Civil Veterinary Dept. Bombay admin report 1907-1913 - 1907-1913
Year: 1907
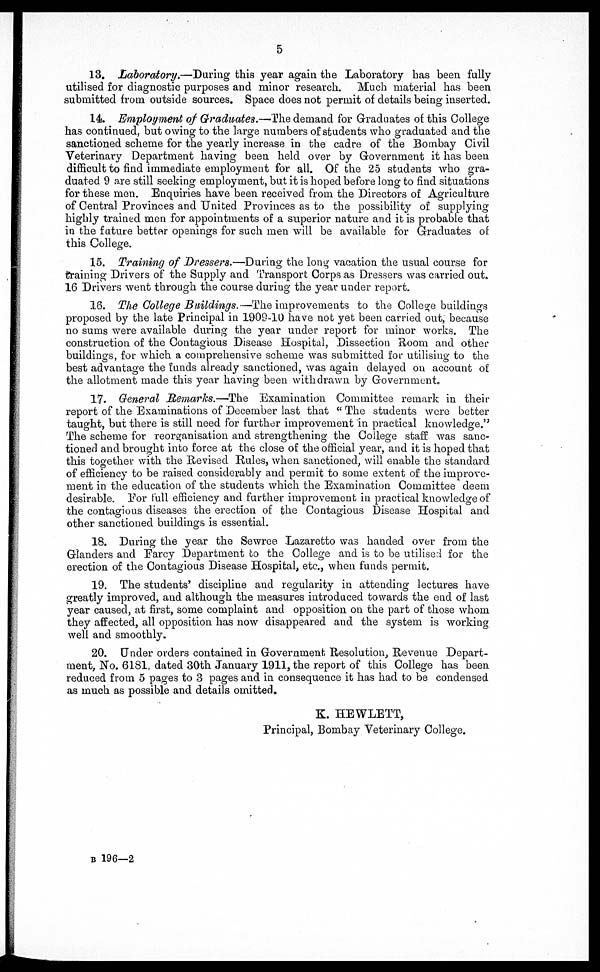
5
13. Laboratory.—During
this year again the Laboratory has been fully
utilised for diagnostic purposes and minor research. Much material has been
submitted from outside sources. Space does not permit of details being inserted.
14. Employment of Graduates.—The demand for Graduates of this College
has continued, but owing to the large numbers of students who graduated and the
sanctioned scheme for the yearly increase in the cadre of the Bombay Civil
Veterinary Department having been held over by Government it has been
difficult to find immediate employment for all. Of the 25 students who gra-
duated 9 are still seeking employment, but it is hoped before long to find situations
for these men. Enquiries have been received from the Directors of Agriculture
of Central Provinces and United Provinces as to the possibility of supplying
highly trained men for appointments of a superior nature and it is probable that
in the future better openings for such men will be available for Graduates of
this College.
15. Training of Dressers.—During the long vacation the usual course for
training Drivers of the Supply and Transport Corps as Dressers was carried out.
16 Drivers went through the course during the year under report.
18. The College Buildings.—The improvements to the College buildings
proposed by the late Principal in 1909-10 have not yet been carried out, because
no sums were available during the year under report for minor works. The
construction of the Contagious Disease Hospital, Dissection Room and other
buildings, for which a comprehensive scheme was submitted for utilising to the
best advantage the funds already sanctioned, was again delayed on account of
the allotment made this year having been withdrawn by Government.
17. General Remarks.—The Examination Committee remark in their
report of the Examinations of December last that "The students were better
taught, but there is still need for further improvement in practical knowledge,"
The scheme for reorganisation and strengthening the College staff was sanc-
tioned and brought into force at the close of the official year, and it is hoped that
this together with the Revised Rules, when sanctioned, will enable the standard
of efficiency to be raised considerably and permit to some extent of the improve-
ment in the education of the students which the Examination Committee deem
desirable. For full efficiency and further improvement in practical knowledge of
the contagious diseases the erection of the Contagious Disease Hospital and
other sanctioned buildings is essential.
18. During the year the Sewree Lazaretto was handed over from the
Glanders and Farcy Department to the College and is to be utilised for the
erection of the Contagious Disease Hospital, etc., when funds permit.
19. The students' discipline and regularity in attending lectures have
greatly improved, and although the measures introduced towards the end of last
year caused, at first, some complaint and opposition on the part of those whom
they affected, all opposition has now disappeared and the system is working
well and smoothly.
20. Under orders contained in Government Resolution, Revenue Depart-
ment, No. 6181, dated 30th January 1911, the report of this College has been
reduced from 5 pages to 3 pages and in consequence it has had to be condensed
as much as possible and details omitted.
K. HEWLETT,
Principal, Bombay Veterinary College.
B 196—2